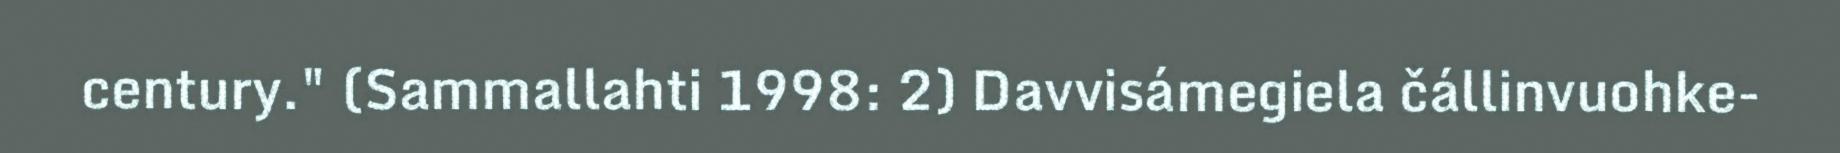
century." (Sammallahti 1998: 2) Davvisámegiela čállinvuohke-